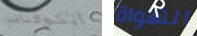
الكوفنانت الهواة